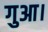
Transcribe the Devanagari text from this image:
गुआ।